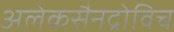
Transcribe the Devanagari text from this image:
अलेकसैनद्रोविच